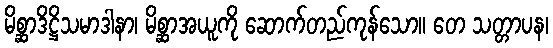
မိစ္ဆာဒိဋ္ဌိသမာဒါနာ၊ မိစ္ဆာအယူကို ဆောက်တည်ကုန်သော။ တေ သတ္တာပန၊